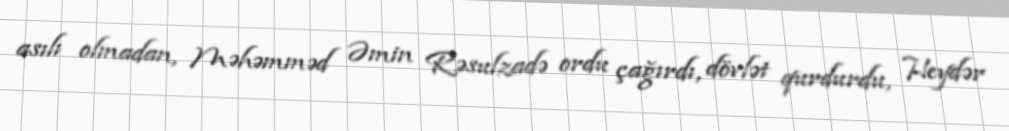
asılı olmadan, Məhəmməd Əmin Rəsulzadə ordu çağırdı, dövlət qurdurdu, Heydər